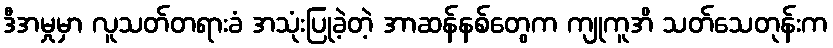
ဒီအမှုမှာ လူသတ်တရားခံ အသုံးပြုခဲ့တဲ့ အာဆန်နစ်တွေက ကျုကူအိ သတ်သေတုန်းက